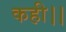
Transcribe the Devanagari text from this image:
कही।।